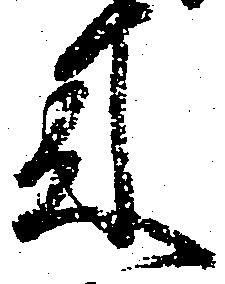
来